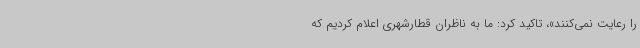
را رعایت نمی‌کنند»، تاکید کرد: ما به ناظران قطارشهری اعلام کردیم که